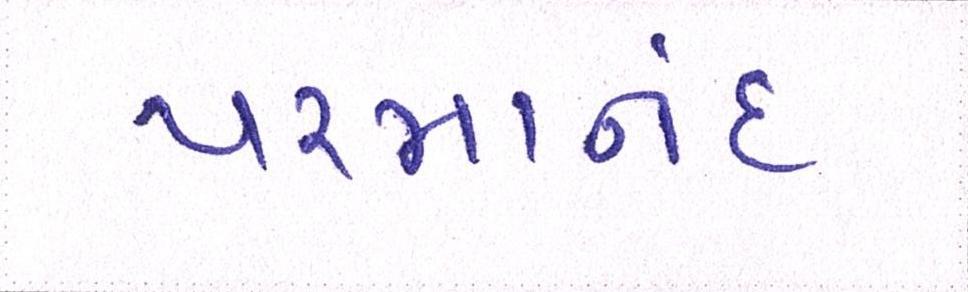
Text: પરમાનંદ